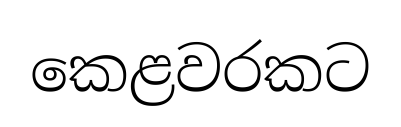
කෙළවරකට